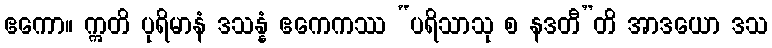
ဧကော။ ဣတိ ပုရိမာနံ ဒသန္နံ ဧကေကဿ “ပရိသာသု စ နဒတီ”တိ အာဒယော ဒသ